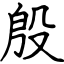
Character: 殷